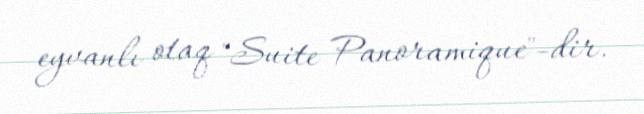
eyvanlı otaq "Suite Panoramique"-dir.